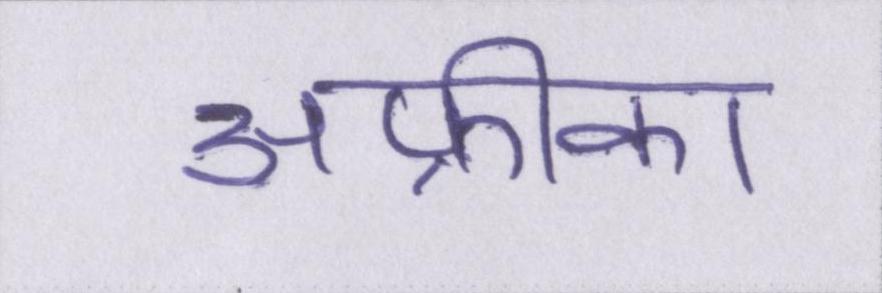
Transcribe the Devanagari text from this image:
अफ्रीका